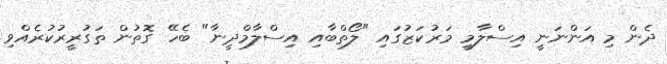
ދެން މި އަންނަނީ އިސްލާމީ މަރުކަޒުގައި "ލޯތްބާއި އިސްލާމްދީނާ" ބެހޭ ގޮތުން ތަގުރީރުކުރެއްވި